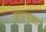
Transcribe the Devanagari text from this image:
वाहणार